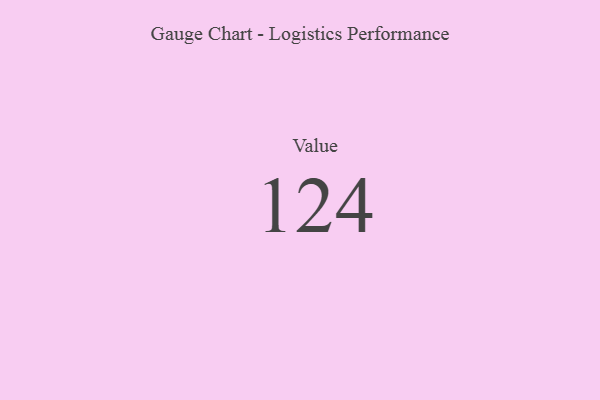
{"axis": {"x": "Metric", "y": "Value"}, "legend": [""], "data": [{"x": "Value", "y": 124, "type": ""}]}